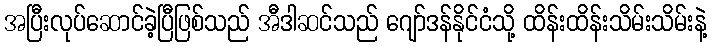
အပြီးလုပ်ဆောင်ခဲ့ပြီဖြစ်သည် အီဒါဆင်သည် ဂျော်ဒန်နိုင်ငံသို့ ထိန်းထိန်းသိမ်းသိမ်းနဲ့